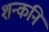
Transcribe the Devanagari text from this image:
शन्कनि